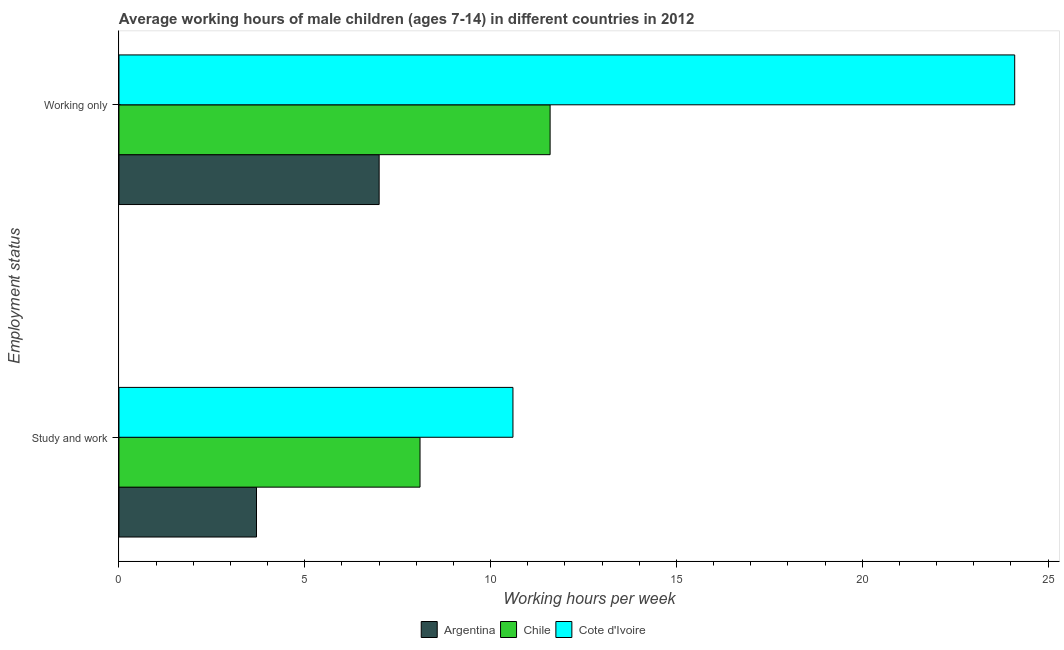
| Employment status | Argentina | Chile | Cote d'Ivoire |
 | --- | --- | --- | --- |
 | Study and work | 3.7 | 8.1 | 10.6 |
 | Working only | 7 | 11.6 | 24.1 |